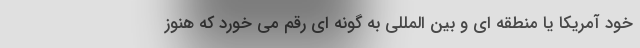
خود آمریکا یا منطقه ای و بین المللی به گونه ای رقم می خورد که هنوز